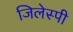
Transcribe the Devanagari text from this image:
जिलेस्पी